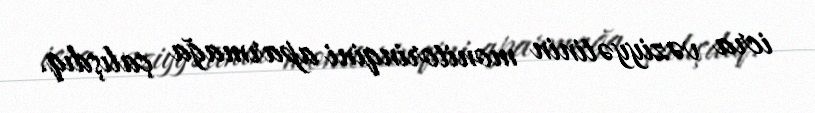
icra vəziyyətinin monitorinqini aparmağa çalışdıq.